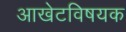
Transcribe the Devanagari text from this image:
आखेटविषयक